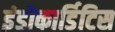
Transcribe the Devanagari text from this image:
इंडोकार्डिटिस